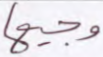
وجيها